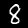
Label: 8